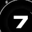
Digit: 7